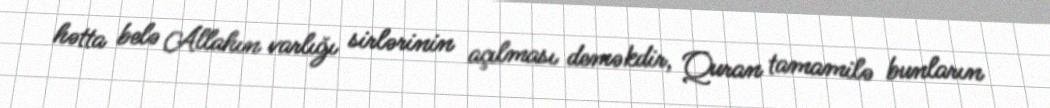
hətta belə Allahın varlığı sirlərinin açılması deməkdir, Quran tamamilə bunların